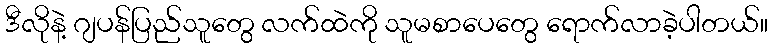
ဒီလိုနဲ့ ဂျပန်ပြည်သူတွေ လက်ထဲကို သူမစာပေတွေ ရောက်လာခဲ့ပါတယ်။